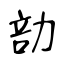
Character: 勏